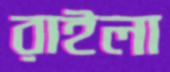
রাইলা